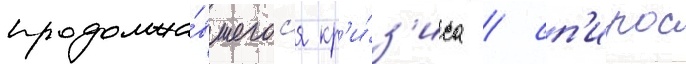
продолжа́вшегос'я кр'и́з'иса / сп'ирос